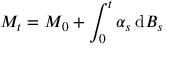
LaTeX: M _ { t } = M _ { 0 } + \int _ { 0 } ^ { t } \alpha _ { s } \, \mathrm { d } B _ { s }